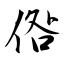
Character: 倃